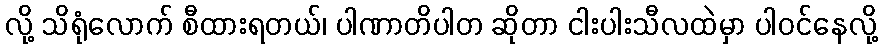
လို့ သိရုံလောက် စီထားရတယ်၊ ပါဏာတိပါတ ဆိုတာ ငါးပါးသီလထဲမှာ ပါဝင်နေလို့